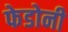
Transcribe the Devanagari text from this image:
फेडोनी